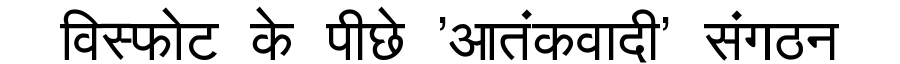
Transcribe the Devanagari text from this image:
विस्फोट के पीछे 'आतंकवादी' संगठन